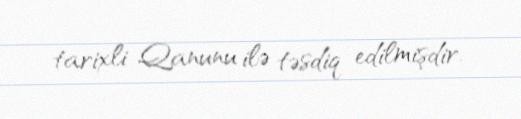
tarixli Qanunu ilə təsdiq edilmişdir.